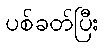
ပစ်ခတ်ပြီး